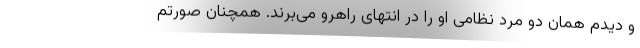
و دیدم همان دو مرد نظامی او را در انتهای راهرو می‌برند. همچنان صورتم